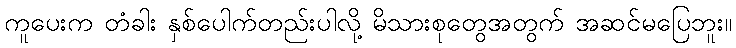
ကူပေးက တံခါး နှစ်ပေါက်တည်းပါလို့ မိသားစုတွေအတွက် အဆင်မပြေဘူး။